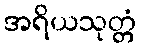
အရိယသုတ္တံ